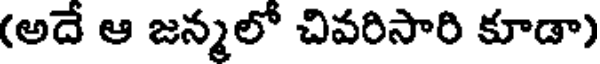
(అదే ఆ జన్మలో చివరిసారి కూడా)